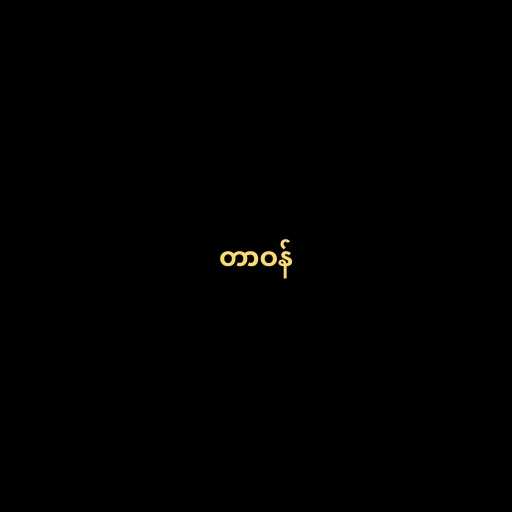
တာဝန်